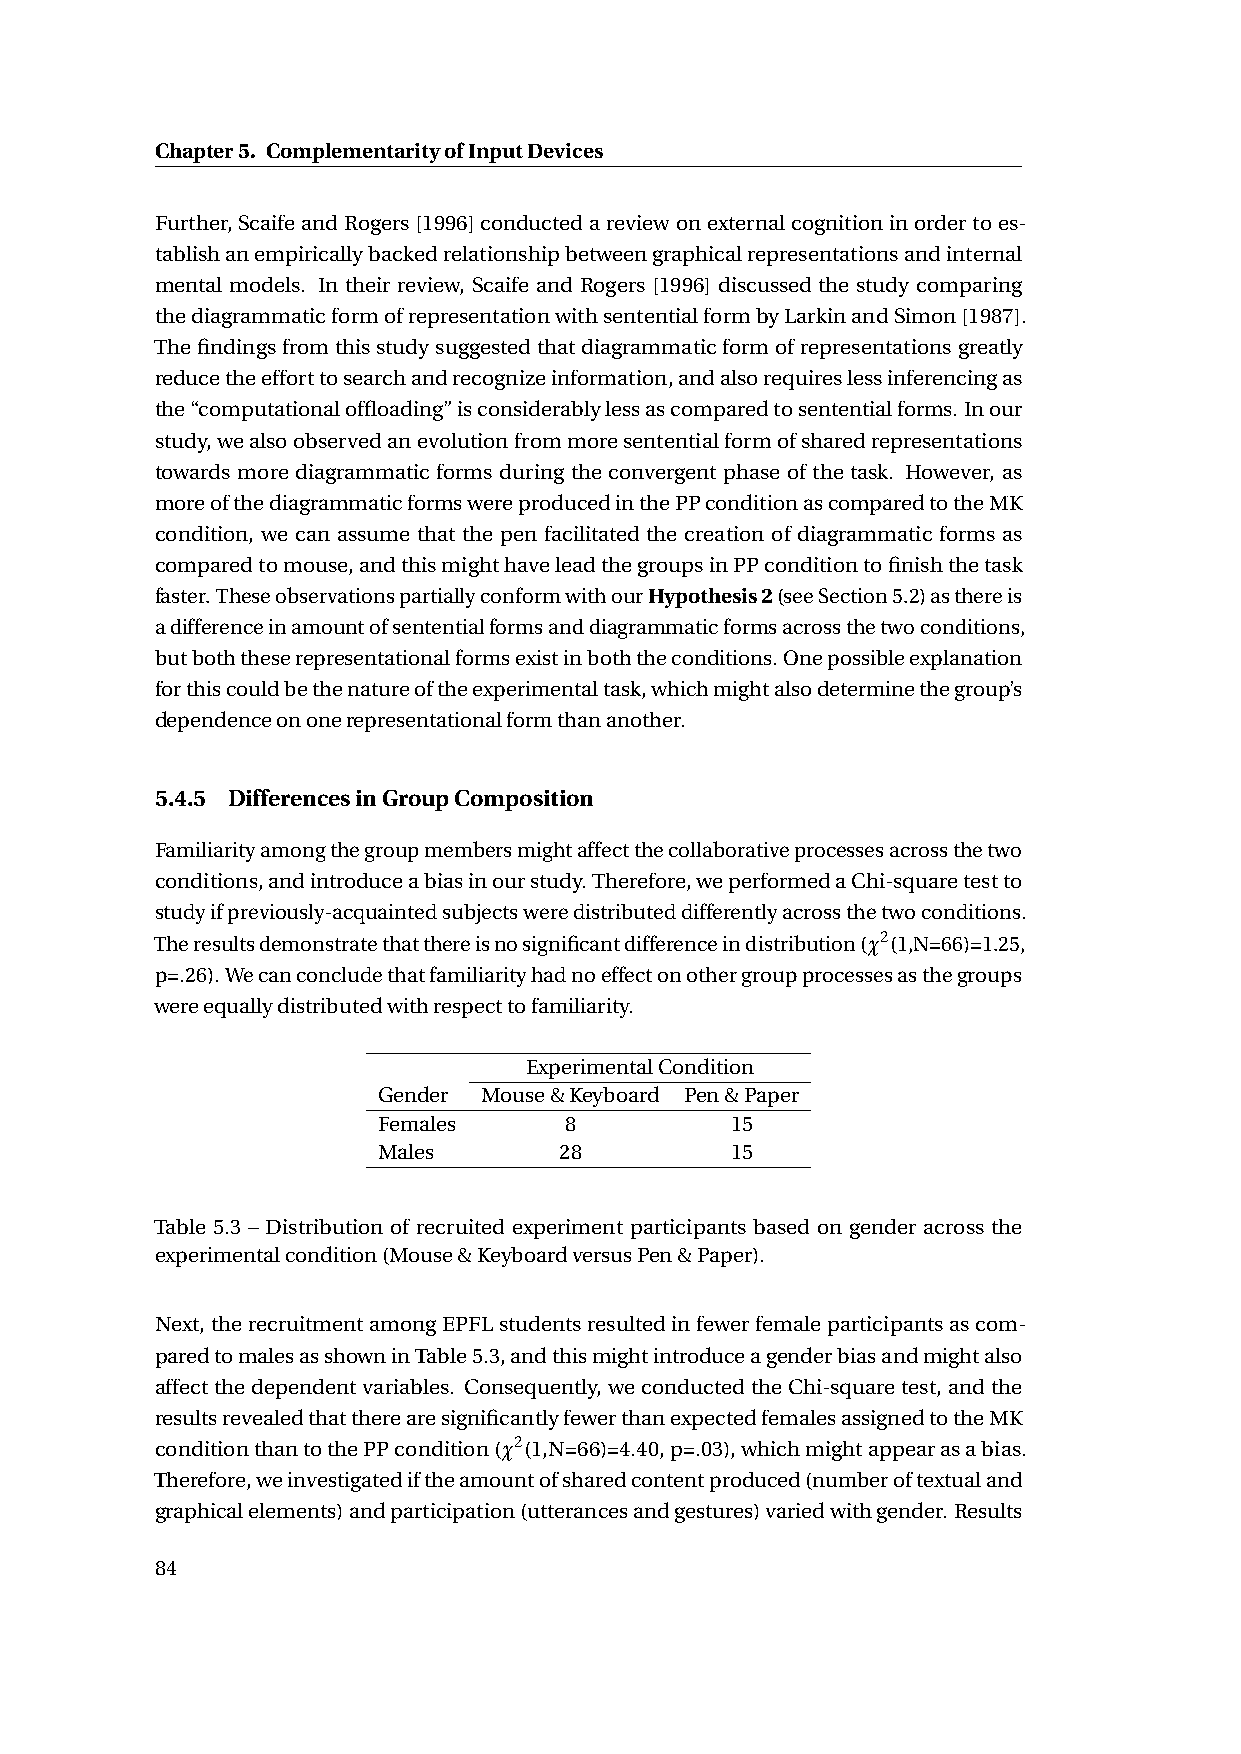
Chapter5. ComplementarityofInputDevices
 Further,ScaifeandRogers[1996]conductedareviewonexternalcognitioninordertoes-
 tablishanempiricallybackedrelationshipbetweengraphicalrepresentationsandinternal
 mental models. In their review, Scaife and Rogers [1996] discussed the study comparing
 thediagrammaticformofrepresentationwithsententialformbyLarkinandSimon[1987].
 Thefindingsfromthisstudysuggestedthatdiagrammaticformofrepresentationsgreatly
 reducetheefforttosearchandrecognizeinformation,andalsorequireslessinferencingas
 the“computationaloffloading”isconsiderablylessascomparedtosententialforms.Inour
 study,wealsoobservedanevolutionfrommoresententialformofsharedrepresentations
 towards more diagrammatic forms during the convergent phase of the task. However, as
 moreofthediagrammaticformswereproducedinthePPconditionascomparedtotheMK
 condition, we can assume that the pen facilitated the creation of diagrammatic forms as
 comparedtomouse,andthismighthaveleadthegroupsinPPconditiontofinishthetask
 faster.TheseobservationspartiallyconformwithourHypothesis2(seeSection5.2)asthereis
 adifferenceinamountofsententialformsanddiagrammaticformsacrossthetwoconditions,
 butboththeserepresentationalformsexistinboththeconditions.Onepossibleexplanation
 forthiscouldbethenatureoftheexperimentaltask,whichmightalsodeterminethegroup’s
 dependenceononerepresentationalformthananother.
 5.4.5 DifferencesinGroupComposition
 Familiarityamongthegroupmembersmightaffectthecollaborativeprocessesacrossthetwo
 conditions,andintroduceabiasinourstudy.Therefore,weperformedaChi-squaretestto
 studyifpreviously-acquaintedsubjectsweredistributeddifferentlyacrossthetwoconditions.
 Theresultsdemonstratethatthereisnosignificantdifferenceindistribution(¬2(1,N=66)=1.25,
 p=.26).Wecanconcludethatfamiliarityhadnoeffectonothergroupprocessesasthegroups
 wereequallydistributedwithrespecttofamiliarity.
 ExperimentalCondition
 Gender Mouse&Keyboard Pen&Paper
 Females     8          15
 Males       28         15
 Table 5.3 – Distribution of recruited experiment participants based on gender across the
 experimentalcondition(Mouse&KeyboardversusPen&Paper).
 Next,therecruitmentamongEPFLstudentsresultedinfewerfemaleparticipantsascom-
 paredtomalesasshowninTable5.3,andthismightintroduceagenderbiasandmightalso
 affectthedependentvariables. Consequently, weconductedtheChi-squaretest, andthe
 resultsrevealedthattherearesignificantlyfewerthanexpectedfemalesassignedtotheMK
 conditionthantothePPcondition(¬2(1,N=66)=4.40,p=.03),whichmightappearasabias.
 Therefore,weinvestigatediftheamountofsharedcontentproduced(numberoftextualand
 graphicalelements)andparticipation(utterancesandgestures)variedwithgender.Results
 84